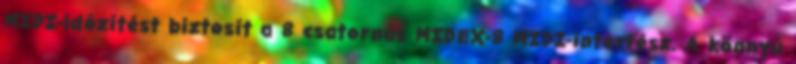
MIDI-idôzítést biztosít a 8 csatornás MIDEX-8 MIDI-interfész. A könnyû